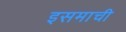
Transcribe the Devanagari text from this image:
इसमाची